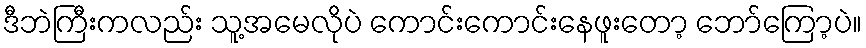
ဒီဘဲကြီးကလည်း သူ့အမေလိုပဲ ကောင်းကောင်းနေဖူးတော့ ဘော်ကြော့ပဲ။